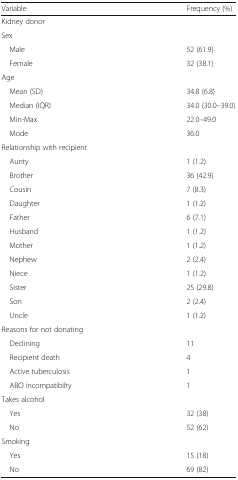
<table><thead><tr><td><b>Variable</b></td><td><b>Frequency (%)</b></td></tr></thead><tbody><tr><td colspan="2">Kidney donor</td></tr><tr><td colspan="2">Sex</td></tr><tr><td> Male</td><td>52 (61.9)</td></tr><tr><td> Female</td><td>32 (38.1)</td></tr><tr><td colspan="2">Age</td></tr><tr><td> Mean (SD)</td><td>34.8 (6.8)</td></tr><tr><td> Median (IQR)</td><td>34.0 (30.0–39.0)</td></tr><tr><td> Min-Max</td><td>22.0–49.0</td></tr><tr><td> Mode</td><td>36.0</td></tr><tr><td colspan="2">Relationship with recipient</td></tr><tr><td> Aunty</td><td>1 (1.2)</td></tr><tr><td> Brother</td><td>36 (42.9)</td></tr><tr><td> Cousin</td><td>7 (8.3)</td></tr><tr><td> Daughter</td><td>1 (1.2)</td></tr><tr><td> Father</td><td>6 (7.1)</td></tr><tr><td> Husband</td><td>1 (1.2)</td></tr><tr><td> Mother</td><td>1 (1.2)</td></tr><tr><td> Nephew</td><td>2 (2.4)</td></tr><tr><td> Niece</td><td>1 (1.2)</td></tr><tr><td> Sister</td><td>25 (29.8)</td></tr><tr><td> Son</td><td>2 (2.4)</td></tr><tr><td> Uncle</td><td>1 (1.2)</td></tr><tr><td colspan="2">Reasons for not donating</td></tr><tr><td> Declining</td><td>11</td></tr><tr><td> Recipient death</td><td>4</td></tr><tr><td> Active tuberculosis</td><td>1</td></tr><tr><td> ABO incompatibilty</td><td>1</td></tr><tr><td colspan="2">Takes alcohol</td></tr><tr><td> Yes</td><td>32 (38)</td></tr><tr><td> No</td><td>52 (62)</td></tr><tr><td colspan="2">Smoking</td></tr><tr><td> Yes</td><td>15 (18)</td></tr><tr><td> No</td><td>69 (82)</td></tr></tbody></table>